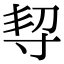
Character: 𡬨